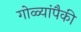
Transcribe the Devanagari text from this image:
गोळ्यांपैकी